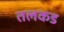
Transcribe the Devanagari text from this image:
तलकड